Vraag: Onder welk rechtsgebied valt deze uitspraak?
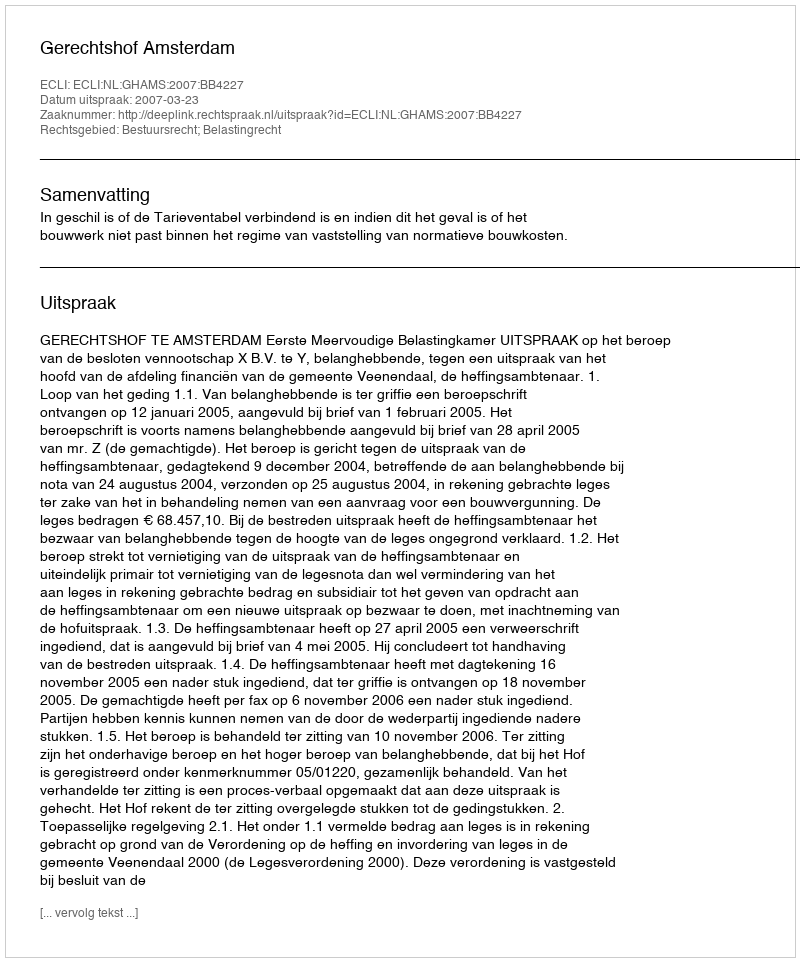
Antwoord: Bestuursrecht; Belastingrecht